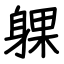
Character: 躶